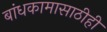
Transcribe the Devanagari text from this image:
बांधकामासाठीही